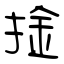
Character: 捦